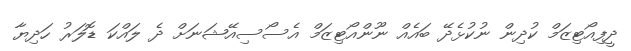
ދީފިއޯޓިޒަމް ކުދިން ނުކުޅެދޭ ބައެއް ނޫންއޯޓިޒަމް އެސޯސިއޭޝަނަށް ދެ ލައްކަ ޑޮލަރު ހަދިޔާ